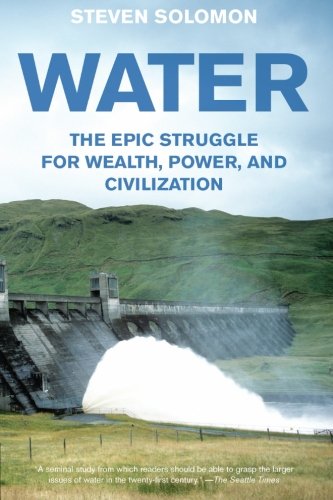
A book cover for Water: The Epic Struggle for Wealth, Power, and Civilization; Steven Solomon; Science & Math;